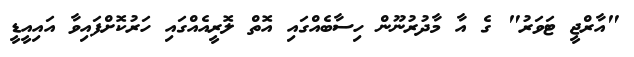
"އާރްޖީ ޓަވަރު" ގެ އާ މާދުރުނޫން ހިސާބެއްގައި އޮތް ލޮރީއެއްގައި ހަރުކޮށްފައިވާ އައިއީޑީ